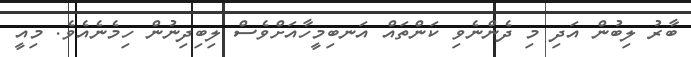
ބާރު ލިބުން އަދި މި ދެންނެވި ކަންތައް އަނބިމީހާއަށްވެސް ލިބިދިނުން ހިމެނެއެވެ. މިއީ